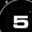
Digit: 5